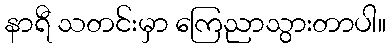
နာရီ သတင်းမှာ ကြေညာသွားတာပါ။